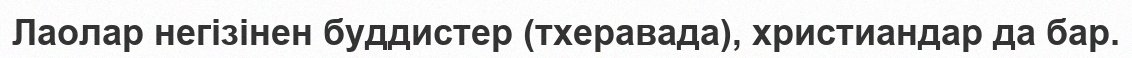
Лаолар негізінен буддистер (тхеравада), христиандар да бар.